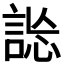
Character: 𧧴